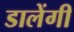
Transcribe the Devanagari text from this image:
डालेंगी